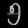
Digit: ၅